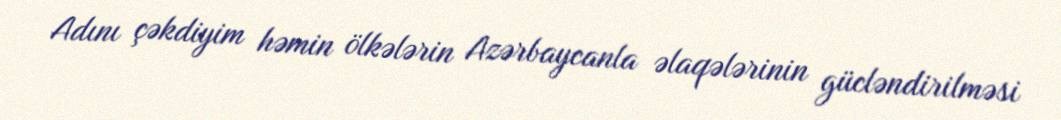
Adını çəkdiyim həmin ölkələrin Azərbaycanla əlaqələrinin gücləndirilməsi